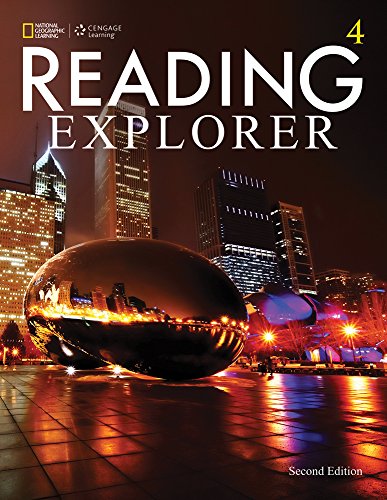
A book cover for Reading Explorer 4 Sb; Paul MacIntyre; Reference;